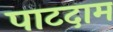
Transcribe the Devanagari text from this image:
पाटदाम